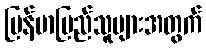
မြန်မာပြည်သူများအတွက်